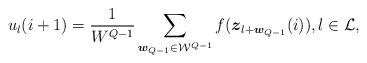
\begin{align*}u_{l}(i+1) = \frac{1}{W^{Q-1}}\sum_{\boldsymbol{w}_{Q-1}\in\mathcal{W}^{Q-1}}f(\boldsymbol{z}_{l+\boldsymbol{w}_{Q-1}}(i)), l\in\mathcal{L}, \end{align*}